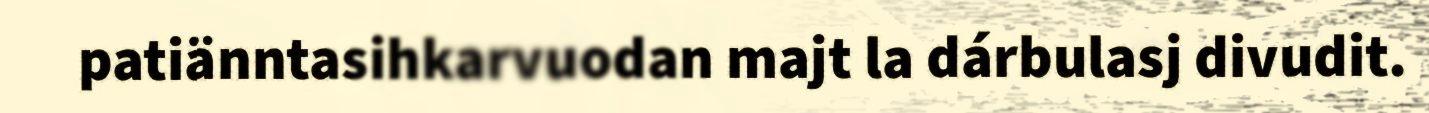
patiänntasihkarvuodan majt la dárbulasj divudit.